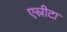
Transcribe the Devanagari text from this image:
एस्रीटा